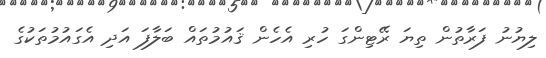
ލިޔުނު ފަރާތުން ތިޔަ ރޭޓިންގަ ހުރި އެހެން ޤައުމުތައް ބަލާފަ އަދި އެގައުމުތަކުގެ